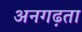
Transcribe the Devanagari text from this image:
अनगढ़ता